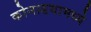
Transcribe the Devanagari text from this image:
कोनाडयामध्ये